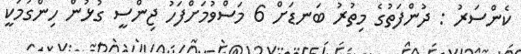
ކެންސަރު : ދުންފަތުގެ މިތުރު ބަނޑަށް 6 މަސްވުމަށްފަހު ޖިންސީ ގުޅުން ހިންގުމަކީ